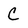
Character: C